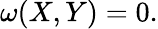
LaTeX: \omega(X,Y)=0.